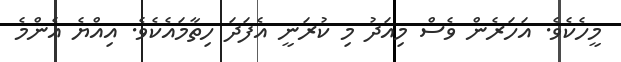
މީހެކެވެ. އަހަރެން ވެސް މިއަދު މި ކުރަނީ އެފަދަ ހިތާމައެކެވެ. އިއްޔެ އެންމެ